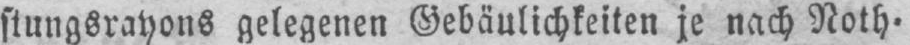
stungsrayons gelegenen Gebäulichkeiten je nach Noth⸗